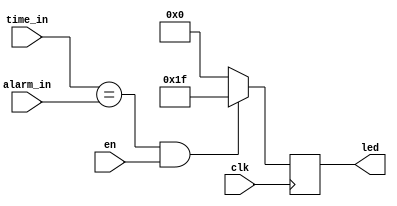
`timescale 1ns / 1ps



module led_control(
    input clk, en,
    input[11:0] time_in, alarm_in,
    output reg [4:0] led
    );
//reg [3:0]flash_count; 
//reg [16:0] time_count;   
always @(posedge clk)begin
    if(time_in==alarm_in && en)begin
        led <= 5'b11111;
    end    
    else led <= 0;
end
endmodule